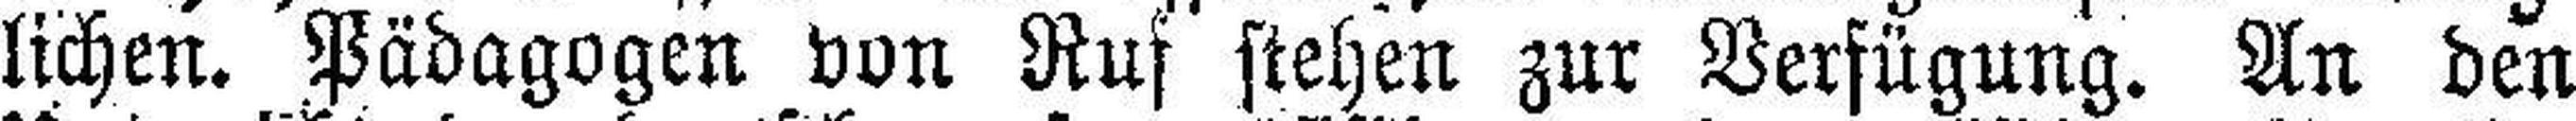
lichen. Pädagogen von Ruf stehen zur Verfügung. An den